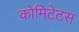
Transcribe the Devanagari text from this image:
कोमिटेटस